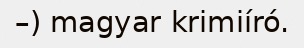
–) magyar krimiíró.